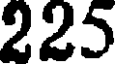
225